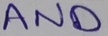
Text: AND